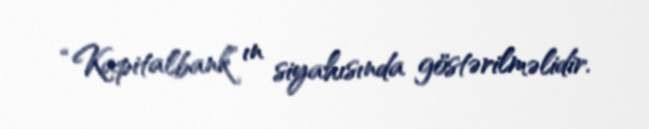
“Kapitalbank” ın siyahısında göstərilməlidir.